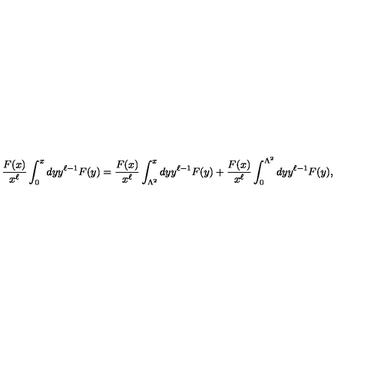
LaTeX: { \frac { F ( x ) } { x ^ { \ell } } } \int _ { 0 } ^ { x } d y y ^ { \ell - 1 } F ( y ) = { \frac { F ( x ) } { x ^ { \ell } } } \int _ { \Lambda ^ { 2 } } ^ { x } d y y ^ { \ell - 1 } F ( y ) + { \frac { F ( x ) } { x ^ { \ell } } } \int _ { 0 } ^ { \Lambda ^ { 2 } } d y y ^ { \ell - 1 } F ( y ) ,